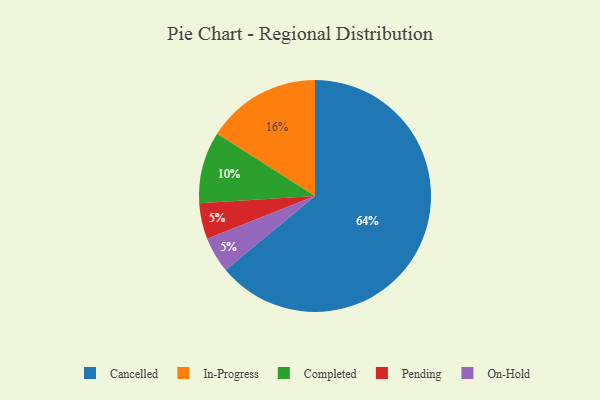
{"axis": {"x": "Category", "y": "Percentage"}, "legend": ["Cancelled", "Completed", "In-Progress", "On-Hold", "Pending"], "data": [{"x": "In-Progress", "y": 16, "type": "In-Progress"}, {"x": "Cancelled", "y": 64, "type": "Cancelled"}, {"x": "Completed", "y": 10, "type": "Completed"}, {"x": "Pending", "y": 5, "type": "Pending"}, {"x": "On-Hold", "y": 5, "type": "On-Hold"}]}